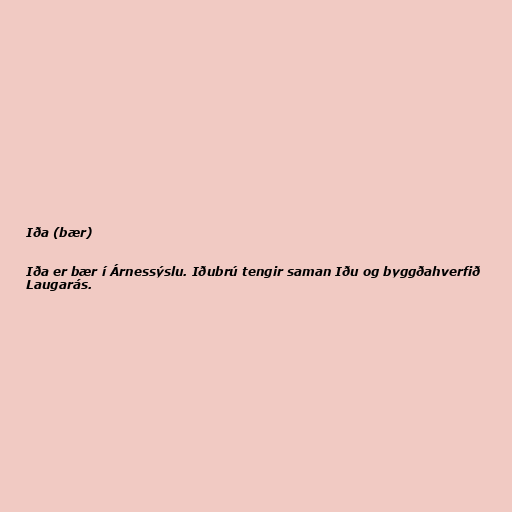
Iða (bær)

Iða er bær í Árnessýslu. Iðubrú tengir saman Iðu og byggðahverfið
Laugarás.